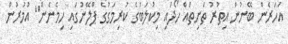
އަހަރެން ބޭނުން އިތުރު ތަށިތައް ހޯދައި މިކުލަބުގެ ކުރިމަގުގެ ޕްލޭނުގައި ހިމެނެން" އުމުރުން